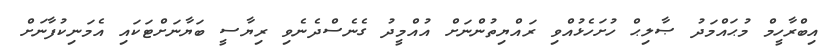
އިބްރާހީމް މުޙައްމަދު ޞާލިޙް ހުށަހެޅުއްވި ރައްޔިތުންނަށް އުއްމީދު ގެނެސްދެނެވި ރިޔާސީ ބަޔާނަށްޓަކައި އެމަނިކުފާނަށް